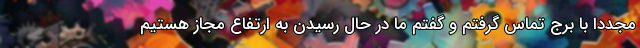
مجددا با برج تماس گرفتم و گفتم ما در حال رسیدن به ارتفاع مجاز هستیم